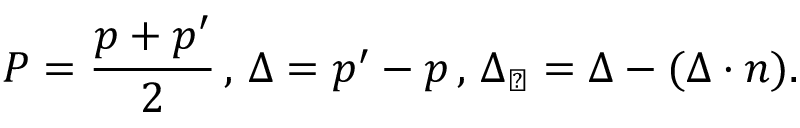
P = \frac { p + p ^ { \prime } } { 2 } \, , \, \Delta = p ^ { \prime } - p \, , \, \Delta _ { \perp } = \Delta - ( \Delta \cdot n ) .